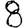
Digit: 8